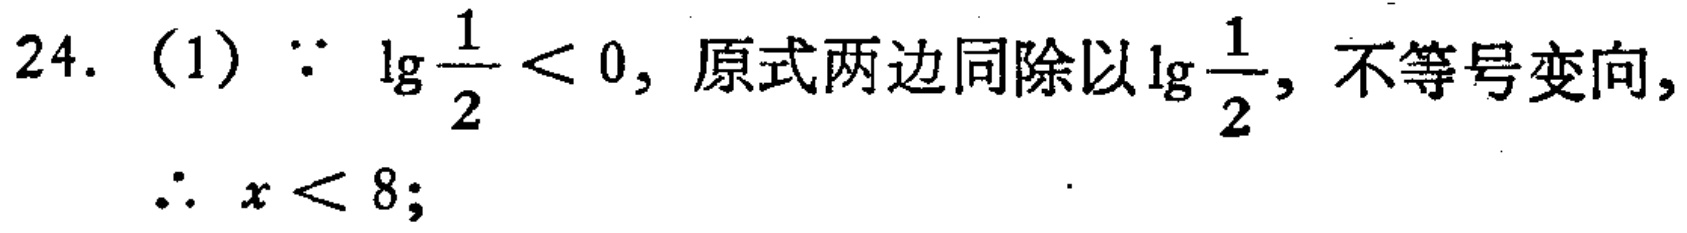
24. (1) \(\because \lg\frac{1}{2}<0\), 原式两边同除以\(\lg\frac{1}{2}\), 不等号变向,
\(\therefore x < 8;\)